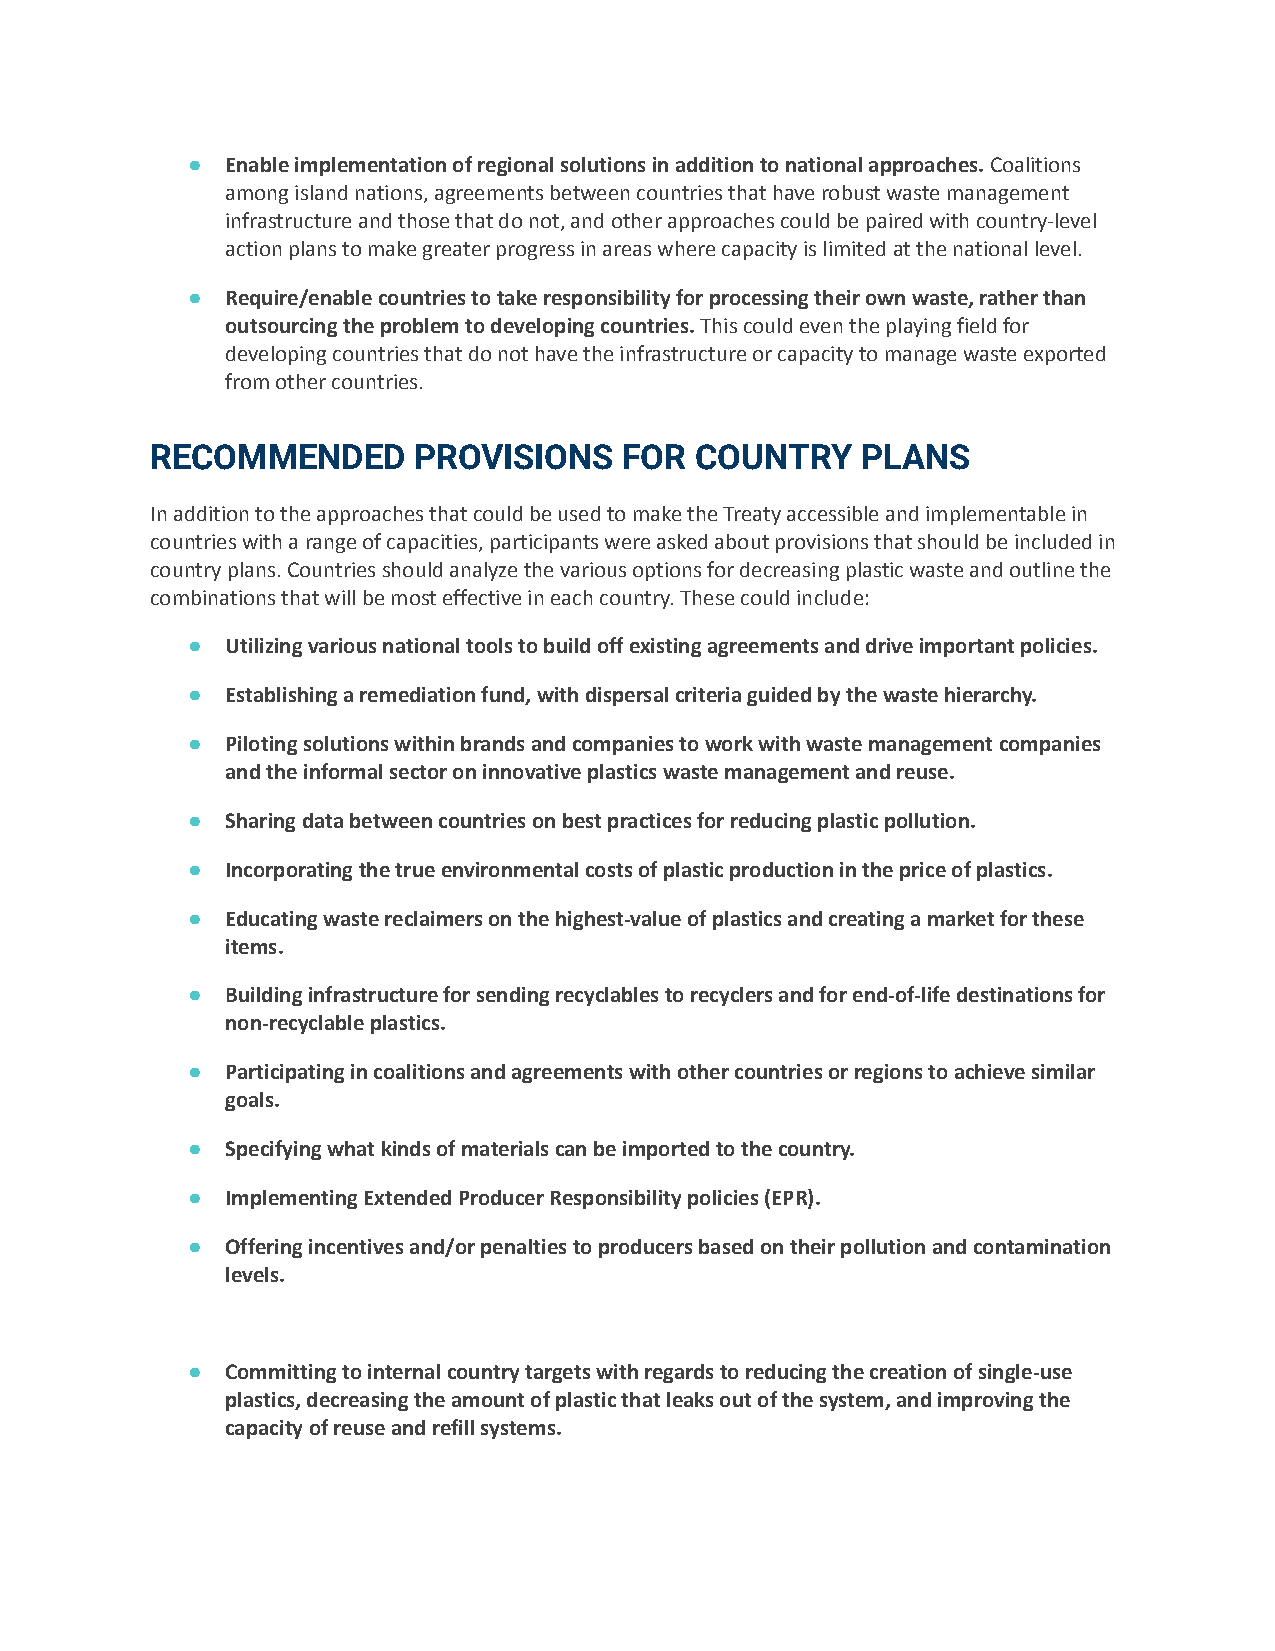
●  Enable implementation of regional solutions in addition to national approaches.Coalitions
 among island nations, agreements between countries that have robust waste management
 infrastructure and those that do not, and other approaches could be paired with country-level
 action plans to make greater progress in areas where capacity is limited at the national level.
 ●  Require/enable countries to take responsibility for processing their own waste, rather than
 outsourcing the problem to developing countries.Thiscould even the playing field for
 developing countries that do not have the infrastructure or capacity to manage waste exported
 from other countries.
 RECOMMENDED      PROVISIONS    FOR  COUNTRY    PLANS
 In addition to the approaches that could be used to make the Treaty accessible and implementable in
 countries with a range of capacities, participants were asked about provisions that should be included in
 country plans. Countries should analyze the various options for decreasing plastic waste and outline the
 combinations that will be most effective in each country. These could include:
 ●  Utilizing various national tools to build off existing agreements and drive important policies.
 ●  Establishing a remediation fund, with dispersal criteria guided by the waste hierarchy.
 ●  Piloting solutions within brands and companies to work with waste management companies
 and the informal sector on innovative plastics waste management and reuse.
 ●  Sharing data between countries on best practices for reducing plastic pollution.
 ●  Incorporating the true environmental costs of plastic production in the price of plastics.
 ●  Educating waste reclaimers on the highest-value of plastics and creating a market for these
 items.
 ●  Building infrastructure for sending recyclables to recyclers and for end-of-life destinations for
 non-recyclable plastics.
 ●  Participating in coalitions and agreements with other countries or regions to achieve similar
 goals.
 ●  Specifying what kinds of materials can be imported to the country.
 ●  Implementing Extended Producer Responsibility policies (EPR).
 ●  Offering incentives and/or penalties to producers based on their pollution and contamination
 levels.
 ●  Committing to internal country targets with regards to reducing the creation of single-use
 plastics, decreasing the amount of plastic that leaks out of the system, and improving the
 capacity of reuse and refill systems.